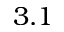
3 . 1